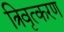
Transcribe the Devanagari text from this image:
त्रिवृत्करण